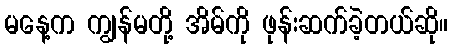
မနေ့က ကျွန်မတို့ အိမ်ကို ဖုန်းဆက်ခဲ့တယ်ဆို။